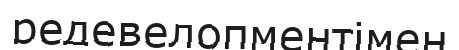
редевелопментімен